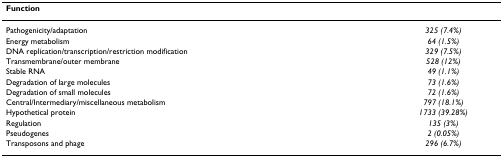
<table><thead><tr><td><b>Function</b></td><td></td></tr></thead><tbody><tr><td>Pathogenicity/adaptation</td><td><i>325 (7.4%)</i></td></tr><tr><td>Energy metabolism</td><td><i>64 (1.5%)</i></td></tr><tr><td>DNA replication/transcription/restriction modification</td><td><i>329 (7.5%)</i></td></tr><tr><td>Transmembrane/outer membrane</td><td><i>528 (12%)</i></td></tr><tr><td>Stable RNA</td><td><i>49 (1.1%)</i></td></tr><tr><td>Degradation of large molecules</td><td><i>73 (1.6%)</i></td></tr><tr><td>Degradation of small molecules</td><td><i>72 (1.6%)</i></td></tr><tr><td>Central/Intermediary/miscellaneous metabolism</td><td><i>797 (18.1%)</i></td></tr><tr><td>Hypothetical protein</td><td><i>1733 (39.28%)</i></td></tr><tr><td>Regulation</td><td><i>135 (3%)</i></td></tr><tr><td>Pseudogenes</td><td><i>2 (0.05%)</i></td></tr><tr><td>Transposons and phage</td><td><i>296 (6.7%)</i></td></tr></tbody></table>